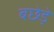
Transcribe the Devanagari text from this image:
बछेड़े